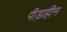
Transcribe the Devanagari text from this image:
पीड़ाहीन